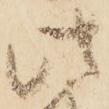
此